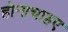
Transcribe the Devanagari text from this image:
होनाचाहए